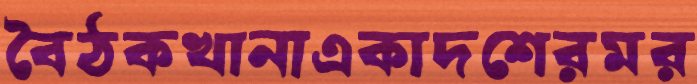
বৈঠকখানাএকাদশেরমর